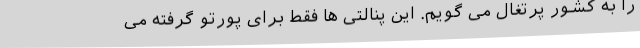
را به کشور پرتغال می‌ گویم. این پنالتی‌ ها فقط برای پورتو گرفته می‌